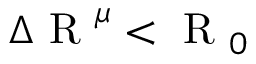
\Delta \mathrm { ~ R ~ } ^ { \mu } < \mathrm { ~ R ~ } _ { 0 }